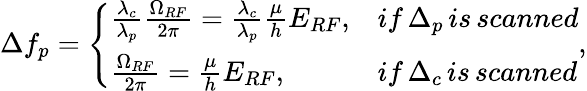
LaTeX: \Delta f_{p}=\left\{ \begin{array}{ll}{\frac{\lambda_{c}}{\lambda_{p}}\frac{\Omega_{RF}}{2\pi}=\frac{\lambda_{c}}{\lambda_{p}}\frac{\mu}{h}E_{RF},}&{if\, \Delta_{p}\, is\, scanned}\\ {\frac{\Omega_{RF}}{2\pi}=\frac{\mu}{h}E_{RF},}&{if\, \Delta_{c}\, is\, scanned}\end{array}\right.,